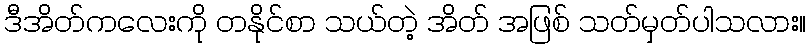
ဒီအိတ်ကလေးကို တနိုင်စာ သယ်တဲ့ အိတ် အဖြစ် သတ်မှတ်ပါသလား။